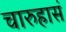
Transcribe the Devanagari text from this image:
चारुहासं